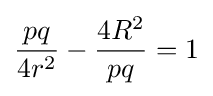
\displaystyle {\frac {pq}{4r^{2}}}-{\frac {4R^{2}}{pq}}=1